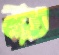
নাত